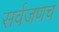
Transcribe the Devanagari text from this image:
सर्वजणच